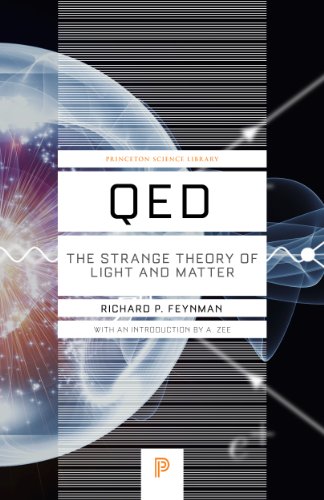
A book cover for QED: The Strange Theory of Light and Matter (Princeton Science Library); Richard P. Feynman; Engineering & Transportation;